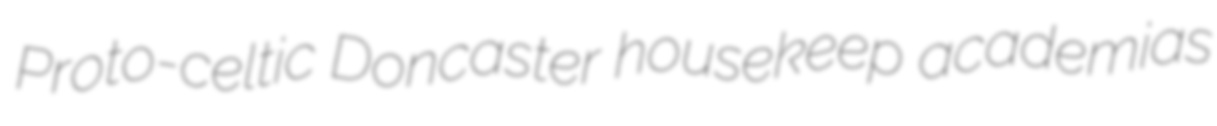
Proto-celtic Doncaster housekeep academias